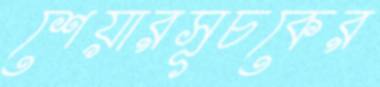
শেয়ারসূচকের